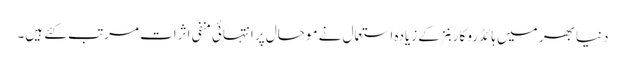
دنیا بھر میں ہائڈرو کاربنز کے زیادہ استعمال نے موحال پر انتہائی منفی اثرات مرتب کئے ہیں۔